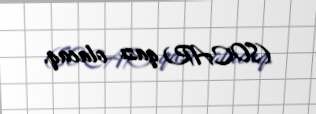
(SOCAR) qazı olacaq.